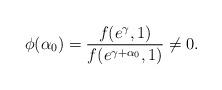
LaTeX: \begin{align*}\phi(\alpha_{0})=\frac{f(e^{\gamma},1)}{f(e^{\gamma+\alpha_{0}},1)}\not =0.\end{align*}